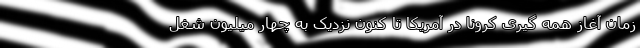
زمان آغاز همه گیری کرونا در آمریکا تا کنون نزدیک به چهار میلیون شغل